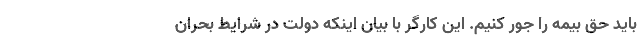
باید حق بیمه را جور کنیم. این کارگر با بیان اینکه دولت در شرایط بحران